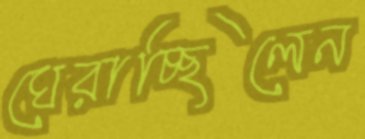
ঘেরাচ্ছিলেন